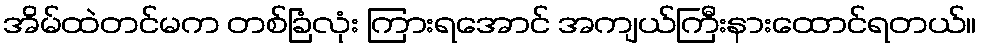
အိမ်ထဲတင်မက တစ်ခြံလုံး ကြားရအောင် အကျယ်ကြီးနားထောင်ရတယ်။